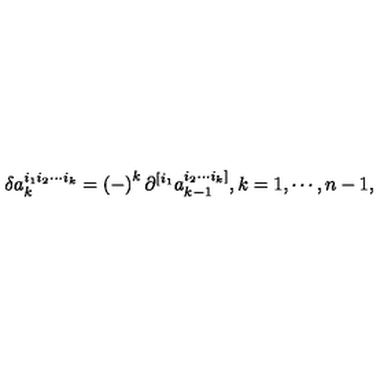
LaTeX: \delta a _ { k } ^ { i _ { 1 } i _ { 2 } \cdots i _ { k } } = \left( - \right) ^ { k } \partial ^ { [ i _ { 1 } } a _ { k - 1 } ^ { i _ { 2 } \cdots i _ { k } ] } , k = 1 , \cdots , n - 1 ,